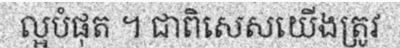
ល្អបំផុត ។ ជាពិសេសយើងត្រូវ